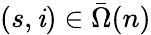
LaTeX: (s,\mathit{i})\in\bar{{\Omega}}(n)